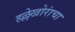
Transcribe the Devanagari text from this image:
हल्लेखोरांचा